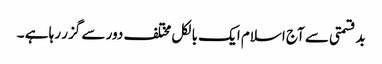
بدقسمتی سے آج اسلام ایک بالکل مختلف دور سے گزر رہا ہے ۔